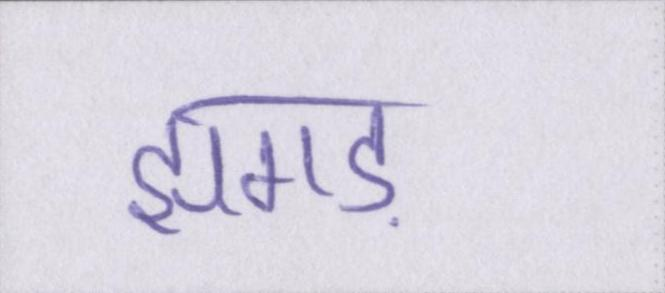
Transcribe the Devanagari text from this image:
झगड़